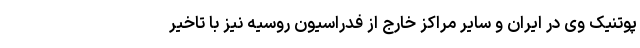
پوتنیک وی در ایران و سایر مراکز خارج از فدراسیون روسیه نیز با تاخیر